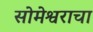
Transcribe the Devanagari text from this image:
सोमेश्वराचा